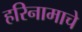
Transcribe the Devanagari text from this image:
हरिनामाचे